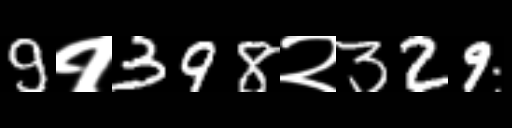
Text: 9१398२329